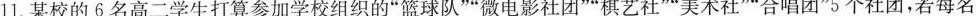
11.某校的6名高二学生打算参加学校组织的”篮球队””微电影社团””棋艺社””美术社””合唱团”5个社团，若每名